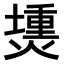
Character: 𤏍